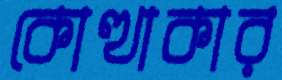
কোত্থাকার